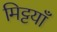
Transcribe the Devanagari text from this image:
मिट्टयाँ